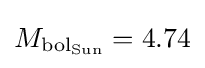
M_{{\text{bol}}_{\rm {Sun}}}=4.74